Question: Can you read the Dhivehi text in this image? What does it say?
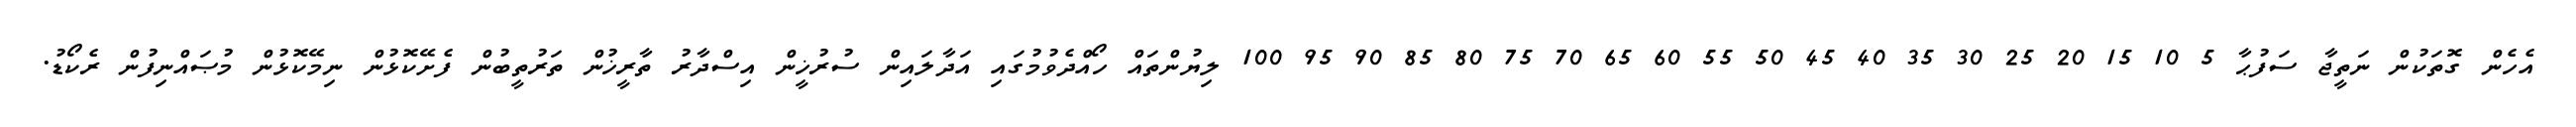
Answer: އެހެން ގޮތަކުން ނަތީޖާ ސަފުޙާ 5 10 15 20 25 30 35 40 45 50 55 60 65 70 75 80 85 90 95 100 ލިޔުންތައް ހޯއްދެވުމުގައި އަދާލައިން ސުރުޚީން އިސްދާރު ތާރީޚުން ތަރުތީބުން ފެށޭކޮޅުން ނިމޭކޮޅުން މުޞައްނިފުން ރެކޯޑު.